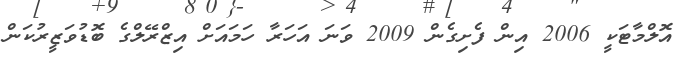
އޮލްމާޓަކީ 2006 އިން ފެށިގެން 2009 ވަނަ އަހަރާ ހަމައަށް އިޒްރޭލްގެ ބޮޑުވަޒީރުކަން